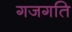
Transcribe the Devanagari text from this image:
गजगति